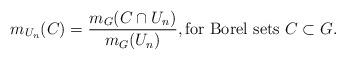
LaTeX: \begin{align*}m_{U_n}(C) = \frac{m_G(C \cap U_n)}{m_G(U_n)}, \textrm{for Borel sets $C \subset G$}.\end{align*}